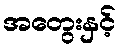
အတွေးနှင့်